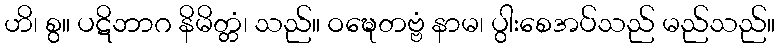
ဟိ၊ စွ။ ပဋိဘာဂ နိမိတ္တံ၊ သည်။ ဝဍ္ဎေတဗ္ဗံ နာမ၊ ပွါးစေအပ်သည် မည်သည်။